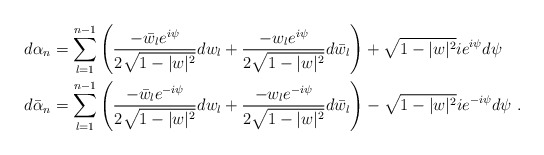
\begin{align*} d\alpha_n&=\sum_{l=1}^{n-1}\left(\frac{-\bar w_l e^{i\psi}}{2\sqrt{1-|w|^2}} d w_l+ \frac{- w_l e^{i\psi}}{2\sqrt{1-|w|^2}} d \bar w_l\right)+\sqrt{1-|w|^2} ie^{i\psi} d\psi\\ d\bar\alpha_n&=\sum_{l=1}^{n-1}\left(\frac{-\bar w_l e^{-i\psi}}{2\sqrt{1-|w|^2}} d w_l+ \frac{- w_l e^{-i\psi}}{2\sqrt{1-|w|^2}} d \bar w_l\right)-\sqrt{1-|w|^2} ie^{-i\psi} d\psi\ .\end{align*}